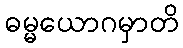
ဓမ္မယောဂမှာတိ